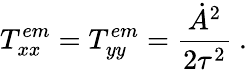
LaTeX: T_{xx}^{em}=T_{yy}^{em}=\frac{\dot{A}^{2}}{2\tau^{2}}\ .